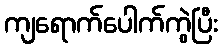
ကျရောက်ပေါက်ကွဲပြီး